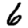
Digit: 6